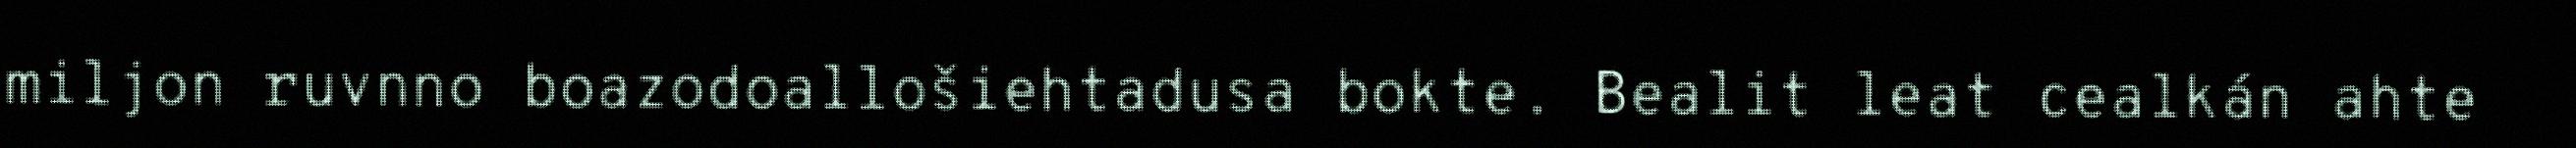
miljon ruvnno boazodoallošiehtadusa bokte. Bealit leat cealkán ahte